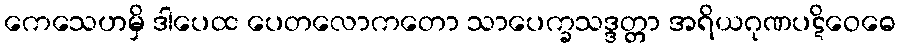
ကေသေဟမှိ ဒါပေထ ပေတလောကတော သာပေက္ခသဒ္ဒတ္တာ အရိယဂုဏပဋိဝေဓေ